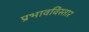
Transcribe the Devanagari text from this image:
प्रभावविस्तार